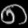
Digit: ၈